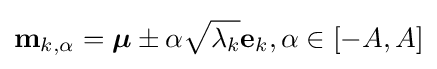
\mathbf {m} _{k,\alpha }={\boldsymbol {\mu }}\pm \alpha {\sqrt {\lambda _{k}}}\mathbf {e} _{k},\alpha \in [-A,A]